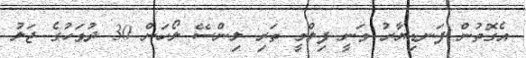
އެގޮތުން ފަނޑިޔާރު ވަނީ ފިލްމީ ތަރި ލިންސޭ ލޯހަން 30 ދުވަހުގެ ޖަލު